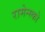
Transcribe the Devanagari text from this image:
रामेन्स्को